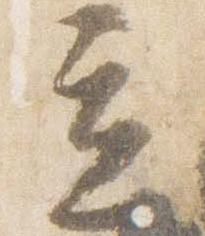
立